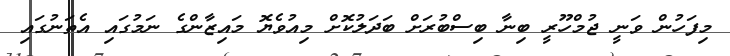
މިފަހުން ވަނީ ޖުމްހޫރީ ބިނާ ބިސްބުރަށް ބަދަލުކޮށް މިއުވެޔޮ މައިޒާންގެ ނަމުގައި އެތަނުގައި